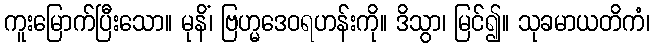
ကူးမြောက်ပြီးသော။ မုနိံ၊ ဗြဟ္မဒေဝရဟန်းကို။ ဒိသွာ၊ မြင်၍။ သုခမာယတိကံ၊